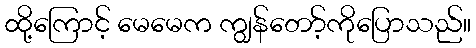
ထို့ကြောင့် မေမေက ကျွန်တော့်ကိုပြောသည်။